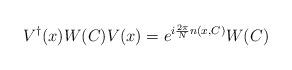
LaTeX: \begin{align*}V^\dagger(x)W(C)V(x)=e^{i{2\pi\over N} n(x,C)}W(C)\end{align*}